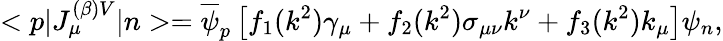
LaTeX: <p|J_{\mu}^{(\beta)V}|n>=\overline{{\psi}}_{p}\left[f_{1}(k^{2})\gamma_{\mu}+f_{2}(k^{2})\sigma_{\mu\nu}k^{\nu}+f_{3}(k^{2})k_{\mu}\right]\psi_{n},